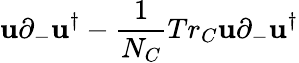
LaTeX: \mathbf{u}\partial_{-}\mathbf{u}^{\dagger}-{\frac{{1}}{{N_{C}}}}Tr_{C}\mathbf{u}\partial_{-}\mathbf{u}^{\dagger}